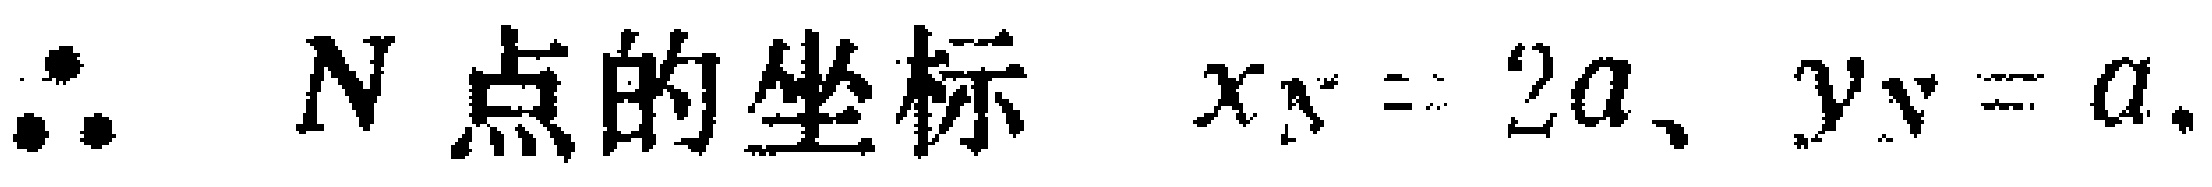
\(\therefore N点的坐标\ x_N = 2a, y_N = a.\)